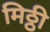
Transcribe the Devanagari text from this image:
मिठ्ठी